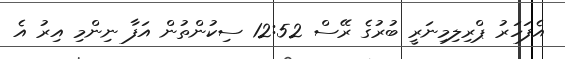
އެފަހަރު ޕްރިލިމިނަރީ ބުރުގެ ރޭސް 12:52 ސިކުންތުން އަފާ ނިންމި އިރު އެ